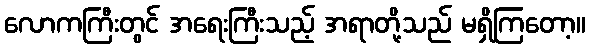
လောကကြီးတွင် အရေးကြီးသည့် အရာတို့သည် မရှိကြတော့။